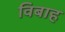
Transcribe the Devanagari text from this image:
विबाह